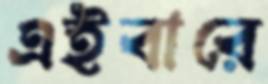
এইবারে